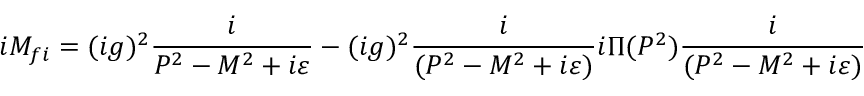
i { \cal M } _ { f i } = ( i g ) ^ { 2 } { \frac { i } { P ^ { 2 } - M ^ { 2 } + i \varepsilon } } - ( i g ) ^ { 2 } { \frac { i } { ( P ^ { 2 } - M ^ { 2 } + i \varepsilon ) } } i \Pi ( P ^ { 2 } ) { \frac { i } { ( P ^ { 2 } - M ^ { 2 } + i \varepsilon ) } }